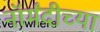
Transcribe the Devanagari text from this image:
नॉर्मंदीच्या